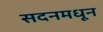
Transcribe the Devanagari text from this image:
सदनमधून